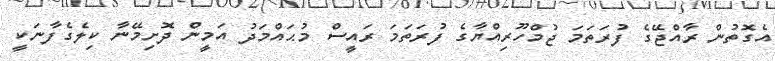
އެގޮތުން ރާއްޖޭގެ ފުރަތަމަ ޖުމްހޫރިއްޔާގެ ފުރަތަމަ ރައީސް މުޙައްމަދު އަމީން ދޮށިމޭނާ ކިލެގެފާނަކީ